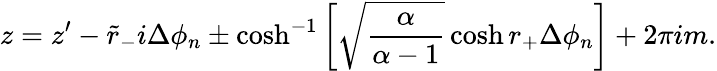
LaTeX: z=z^{\prime}-\tilde{r}_{-}i\Delta\phi_{n}\pm\cosh^{-1}\left[\sqrt{\frac{\alpha}{\alpha-1}}\cosh r_{+}\Delta\phi_{n}\right]+2\pi im.